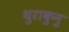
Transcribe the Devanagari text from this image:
थुराकुनु